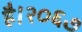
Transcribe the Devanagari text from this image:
है।२०६७